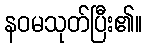
နဝမသုတ်ပြီး၏။